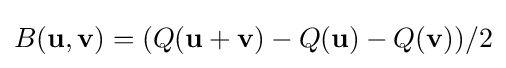
B(\mathbf {u} ,\mathbf {v} )=(Q(\mathbf {u} +\mathbf {v} )-Q(\mathbf {u} )-Q(\mathbf {v} ))/2